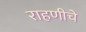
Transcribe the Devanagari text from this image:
राहणीचे